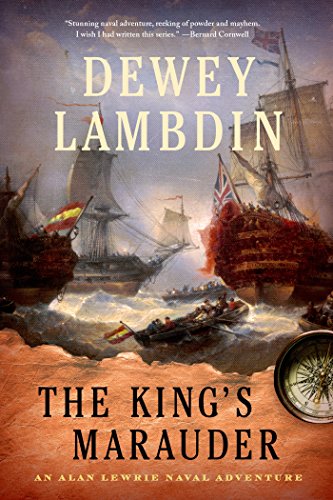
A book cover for The King's Marauder: An Alan Lewrie Naval Adventure (Alan Lewrie Naval Adventures); Dewey Lambdin; Literature & Fiction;